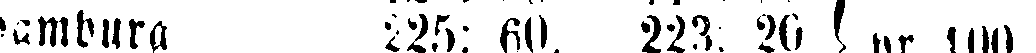
Hamburg 225: 60. 223; 20 pr 100